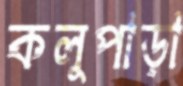
কলুপাড়া